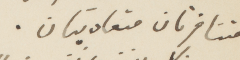
متنافرتان متعاديتان.